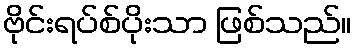
ဗိုင်းရပ်စ်ပိုးသာ ဖြစ်သည်။